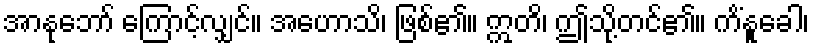
အာနုဘော် ကြောင့်လျှင်။ အဟောသိ၊ ဖြစ်၏။ ဣတိ၊ ဤသို့တင်၏။ ကိံနူခေါ၊